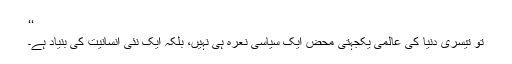
‘‘
تو تیسری دنیا کی عالمی یکجہتی محض ایک سیاسی نعرہ ہی نہیں، بلکہ ایک نئی انسانیت کی بنیاد ہے۔